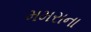
મમરાના